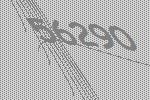
56290